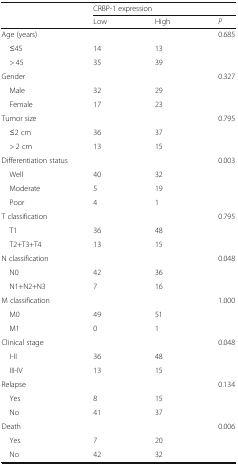
<table><thead><tr><td rowspan="2">[EMPTY_CELL]</td><td colspan="3"><b>CRBP-1 expression</b></td></tr><tr><td><b>Low</b></td><td><b>High</b></td><td><b><i>P</i></b></td></tr></thead><tbody><tr><td colspan="3">Age (years)</td><td>0.685</td></tr><tr><td> ≤45</td><td>14</td><td>13</td><td rowspan="2">[EMPTY_CELL]</td></tr><tr><td> &gt; 45</td><td>35</td><td>39</td></tr><tr><td colspan="3">Gender</td><td>0.327</td></tr><tr><td> Male</td><td>32</td><td>29</td><td rowspan="2">[EMPTY_CELL]</td></tr><tr><td> Female</td><td>17</td><td>23</td></tr><tr><td colspan="3">Tumor size</td><td>0.795</td></tr><tr><td> ≤2 cm</td><td>36</td><td>37</td><td rowspan="2">[EMPTY_CELL]</td></tr><tr><td> &gt; 2 cm</td><td>13</td><td>15</td></tr><tr><td colspan="3">Differentiation status</td><td>0.003</td></tr><tr><td> Well</td><td>40</td><td>32</td><td rowspan="3">[EMPTY_CELL]</td></tr><tr><td> Moderate</td><td>5</td><td>19</td></tr><tr><td> Poor</td><td>4</td><td>1</td></tr><tr><td colspan="3">T classification</td><td>0.795</td></tr><tr><td> T1</td><td>36</td><td>48</td><td rowspan="2">[EMPTY_CELL]</td></tr><tr><td> T2+T3+T4</td><td>13</td><td>15</td></tr><tr><td colspan="3">N classification</td><td>0.048</td></tr><tr><td> N0</td><td>42</td><td>36</td><td rowspan="2">[EMPTY_CELL]</td></tr><tr><td> N1+N2+N3</td><td>7</td><td>16</td></tr><tr><td colspan="3">M classification</td><td>1.000</td></tr><tr><td> M0</td><td>49</td><td>51</td><td rowspan="2">[EMPTY_CELL]</td></tr><tr><td> M1</td><td>0</td><td>1</td></tr><tr><td colspan="3">Clinical stage</td><td>0.048</td></tr><tr><td> I-II</td><td>36</td><td>48</td><td rowspan="2">[EMPTY_CELL]</td></tr><tr><td> III-IV</td><td>13</td><td>15</td></tr><tr><td colspan="3">Relapse</td><td>0.134</td></tr><tr><td> Yes</td><td>8</td><td>15</td><td rowspan="2">[EMPTY_CELL]</td></tr><tr><td> No</td><td>41</td><td>37</td></tr><tr><td colspan="3">Death</td><td>0.006</td></tr><tr><td> Yes</td><td>7</td><td>20</td><td rowspan="2">[EMPTY_CELL]</td></tr><tr><td> No</td><td>42</td><td>32</td></tr></tbody></table>